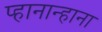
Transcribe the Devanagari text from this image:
प्हानान्हाना